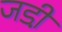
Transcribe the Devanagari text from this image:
जडी़